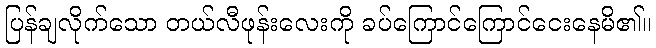
ပြန်ချလိုက်သော တယ်လီဖုန်းလေးကို ခပ်ကြောင်ကြောင်ငေးနေမိ၏။